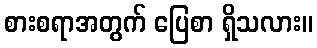
စားစရာအတွက် ပြေစာ ရှိသလား။